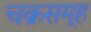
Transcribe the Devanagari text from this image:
चक्रसमूह